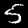
Digit: 5